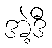
အဲ့ဒီ